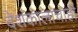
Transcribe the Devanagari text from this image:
देशकालाचाही